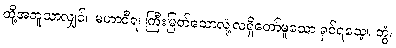
ထို့အတူသာလျှင်။ မဟာဝီရ၊ ကြီးမြတ်သောလုံ့လရှိတော်မူသော ရှင်ရသေ့။ တွံ၊